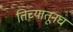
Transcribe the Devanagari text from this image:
तिच्यातूनच